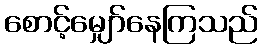
စောင့်မျှော်နေကြသည်